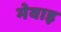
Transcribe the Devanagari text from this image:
मेवाइ